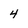
Character: 4